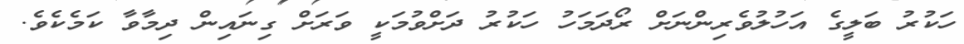
ހަކުރު ބަލީގެ އަހުލުވެރިންނަށް ރޯދަމަހު ހަކުރު ދަށްވުމަކީ ވަރަށް ގިނައިން ދިމާވާ ކަމެކެވެ.